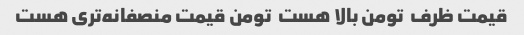
قیمت ظرف  تومن بالا هست  تومن قیمت منصفانه‌تری هست